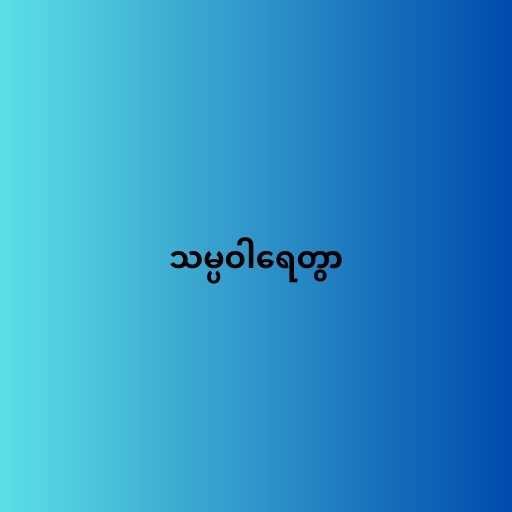
သမ္ပဝါရေတွာ